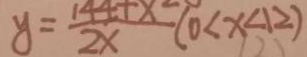
y = \frac { 1 4 4 + x } { 2 x } ( 0 < x < 1 2 )